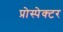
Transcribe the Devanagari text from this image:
प्रोस्पेक्टर